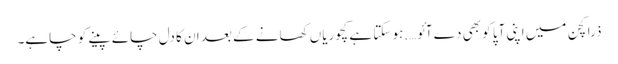
ذرا کچن میں اپنی آپا کو بھی دے آئو….ہو سکتا ہے کچوریاں کھانے کے بعد ان کا دل چائے پینے کو چاہے۔